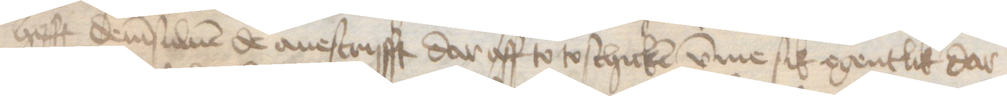
hefft demsuluen de auescrifft dar aff to to schicken vmme sik egentlik dar